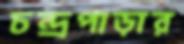
চন্দ্রপাড়ার